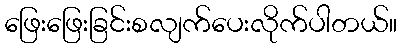
ဖြေးဖြေးခြင်းစလျက်ပေးလိုက်ပါတယ်။